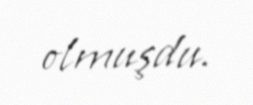
olmuşdu.